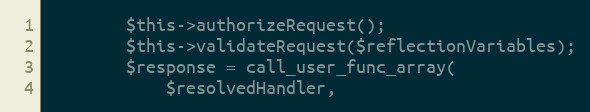
Language: PHP
        $this->authorizeRequest();
        $this->validateRequest($reflectionVariables);
        $response = call_user_func_array(
            $resolvedHandler,